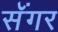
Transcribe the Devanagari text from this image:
सॅंगर